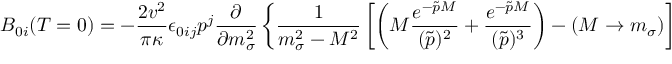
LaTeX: B _ { 0 i } ( T = 0 ) = - \frac { 2 v ^ { 2 } } { \pi \kappa } \epsilon _ { 0 i j } p ^ { j } \frac { \partial } { \partial m _ { \sigma } ^ { 2 } } \left\{ \frac { 1 } { m _ { \sigma } ^ { 2 } - M ^ { 2 } } \left[ \left( M \frac { e ^ { - \tilde { p } M } } { ( \tilde { p } ) ^ { 2 } } + \frac { e ^ { - \tilde { p } M } } { ( \tilde { p } ) ^ { 3 } } \right) - ( M \rightarrow m _ { \sigma } ) \right] \right\}